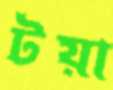
টয়া